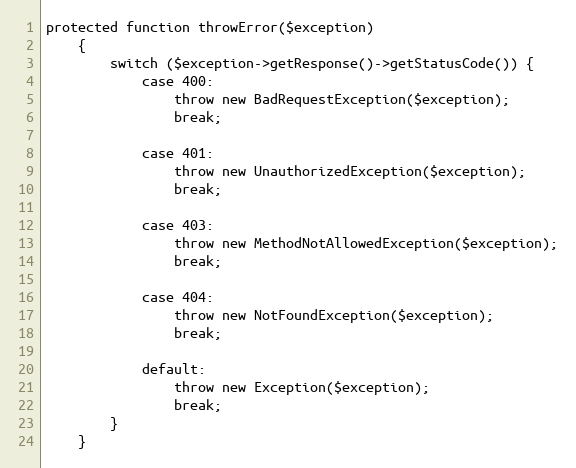
Language: PHP
protected function throwError($exception)
    {
        switch ($exception->getResponse()->getStatusCode()) {
            case 400:
                throw new BadRequestException($exception);
                break;

            case 401:
                throw new UnauthorizedException($exception);
                break;

            case 403:
                throw new MethodNotAllowedException($exception);
                break;

            case 404:
                throw new NotFoundException($exception);
                break;

            default:
                throw new Exception($exception);
                break;
        }
    }